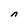
Character: n